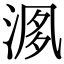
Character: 𣶘